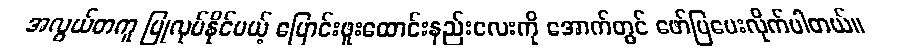
အလွယ်တကူ ပြုလုပ်နိုင်မယ့် ပြောင်းဖူးထောင်းနည်းလေးကို အောက်တွင် ဖော်ပြပေးလိုက်ပါတယ်။